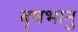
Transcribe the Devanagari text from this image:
बृषभानु